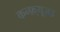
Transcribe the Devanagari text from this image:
कन्फ़्यूज़ड